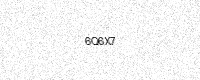
Text: 6Q6X7